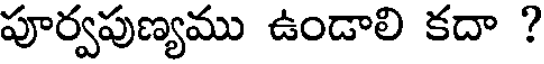
పూర్వపుణ్యము ఉండాలి కదా ?